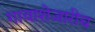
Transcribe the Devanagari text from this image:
गावाशेजारीच